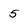
Character: 5